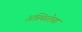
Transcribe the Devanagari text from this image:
अस्थिरतेचा